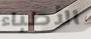
الأطباء